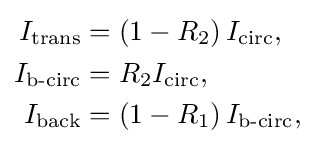
{\begin{aligned}I_{\text{trans}}&=\left(1-R_{2}\right)I_{\text{circ}},\\I_{\text{b-circ}}&=R_{2}I_{\text{circ}},\\I_{\text{back}}&=\left(1-R_{1}\right)I_{\text{b-circ}},\end{aligned}}